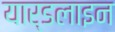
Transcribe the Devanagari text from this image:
यार्डलाइन